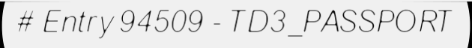
# Entry 94509 - TD3_PASSPORT